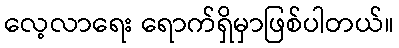
လေ့လာရေး ရောက်ရှိမှာဖြစ်ပါတယ်။